Report of the veterinary officer investigating camel disease
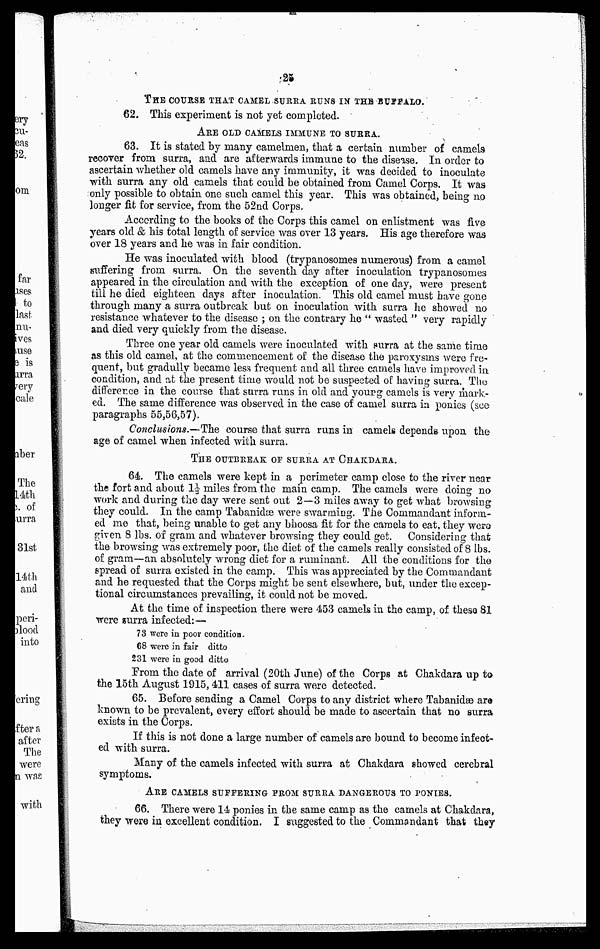
25
THE COURSE THAT CAMEL SURRA RUNS IN THE BUFFALO.
62. This experiment is not yet completed.
ARE OLD CAMELS IMMUNE TO SURRA.
63. It is stated by many camelmen, that a certain number of camels
recover from surra, and are afterwards immune to the disease. In order to
ascertain whether old camels have any immunity, it was decided to inoculate
with surra any old camels that could be obtained from Camel Corps. It was
only possible to obtain one such camel this year. This was obtained, being no
longer fit for service, from the 52nd Corps.
According to the books of the Corps this camel on enlistment was five
years old & his total length of service was over 13 years. His age therefore was
over 18 years and he was in fair condition.
He was inoculated with blood (trypanosomes numerous) from a camel
suffering from surra. On the seventh day after inoculation trypanosomes
appeared in the circulation and with the exception of one day, were present
till he died eighteen days after inoculation. This old camel must have gone
through many a surra outbreak but on inoculation with surra he showed no
resistance whatever to the disease ; on the contrary he " wasted " very rapidly
and died very quickly from the disease.
Three one year old camels were inoculated with surra at the same time
as this old camel, at the commencement of the disease the paroxysms were fre-
quent, but gradully became less frequent and all three camels have improved in
condition, and at the present time would not be suspected of having surra. The
difference in the course that surra runs in old and young camels is very mark-
ed. The same difference was observed in the case of camel surra in ponies (see
paragraphs 55,56,57).
Conclusions.—The course that surra runs in camels depends upon the
age of camel when infected with surra.
THE OUTBREAK OF SURRA AT CHAKDARA.
64 The camels were kept in a perimeter camp close to the river near
the fort and about 1½ miles from the main camp. The camels were doing no
work and during the day were sent out 2—3 miles away to get what browsing
they could. In the camp Tabanidæ were swarming. The Commandant inform-
ed me that, being unable to get any bhoosa fit for the camels to eat, they were
given 8 lbs. of gram and whatever browsing they could get. Considering that
the browsing was extremely poor, the diet of the camels really consisted of 8 lbs.
of gram—an absolutely wrong diet for a ruminant. All the conditions for the
spread of surra existed in the camp. This was appreciated by the Commandant
and he requested that the Corps might be sent elsewhere, but, under the excep-
tional circumstances prevailing, it could not be moved.
At the time of inspection there were 453 camels in the camp, of these 81
were surra infected:—
73 were in poor condition.
68 were in fair ditto
231 were in good ditto
Prom the date of arrival (20th June) of the Corps at Chakdara up to
the 15th August 1915,411 cases of surra were detected.
65. Before sending a Camel Corps to any district where Tabanidæ are
known to be prevalent, every effort should be made to ascertain that no surra
exists in the Corps.
If this is not done a large number of camels are bound to become infect-
ed with surra.
Many of the camels infected with surra at Chakdara showed cerebral
symptoms.
ARE CAMELS SUFFERING FROM SURRA DANGEROUS TO PONIES.
66. There were 14 ponies in the same camp as the camels at Chakdara,
they were in excellent condition. I suggested to the Commandant that they